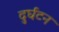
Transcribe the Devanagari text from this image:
दुर्घटन